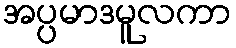
အပ္ပမာဒမူလကာ